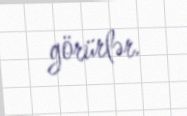
görürlər.